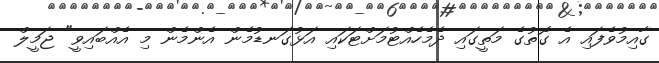
ގާއިމުވެފައި އެ ގޮތުގެ މަތީގައި ދެމެހެއްޓުމަށްޓަކައި އަޅުގަނޑުމެން އެންމެން މި އެއްބައިވީ" ޖަމީލް